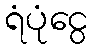
ရံပုံငွေ